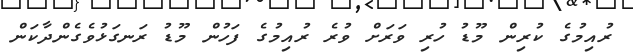
ރުއިމުގެ ކުރިން މޫޑު ހުރި ވަރަށް ވުރެ ރުއިމުގެ ފަހުން މޫޑު ރަނގަޅުވެގެންދާކަން